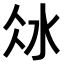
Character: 𣲝